Jaan_Tonisson_(Lasteleht), lk 485
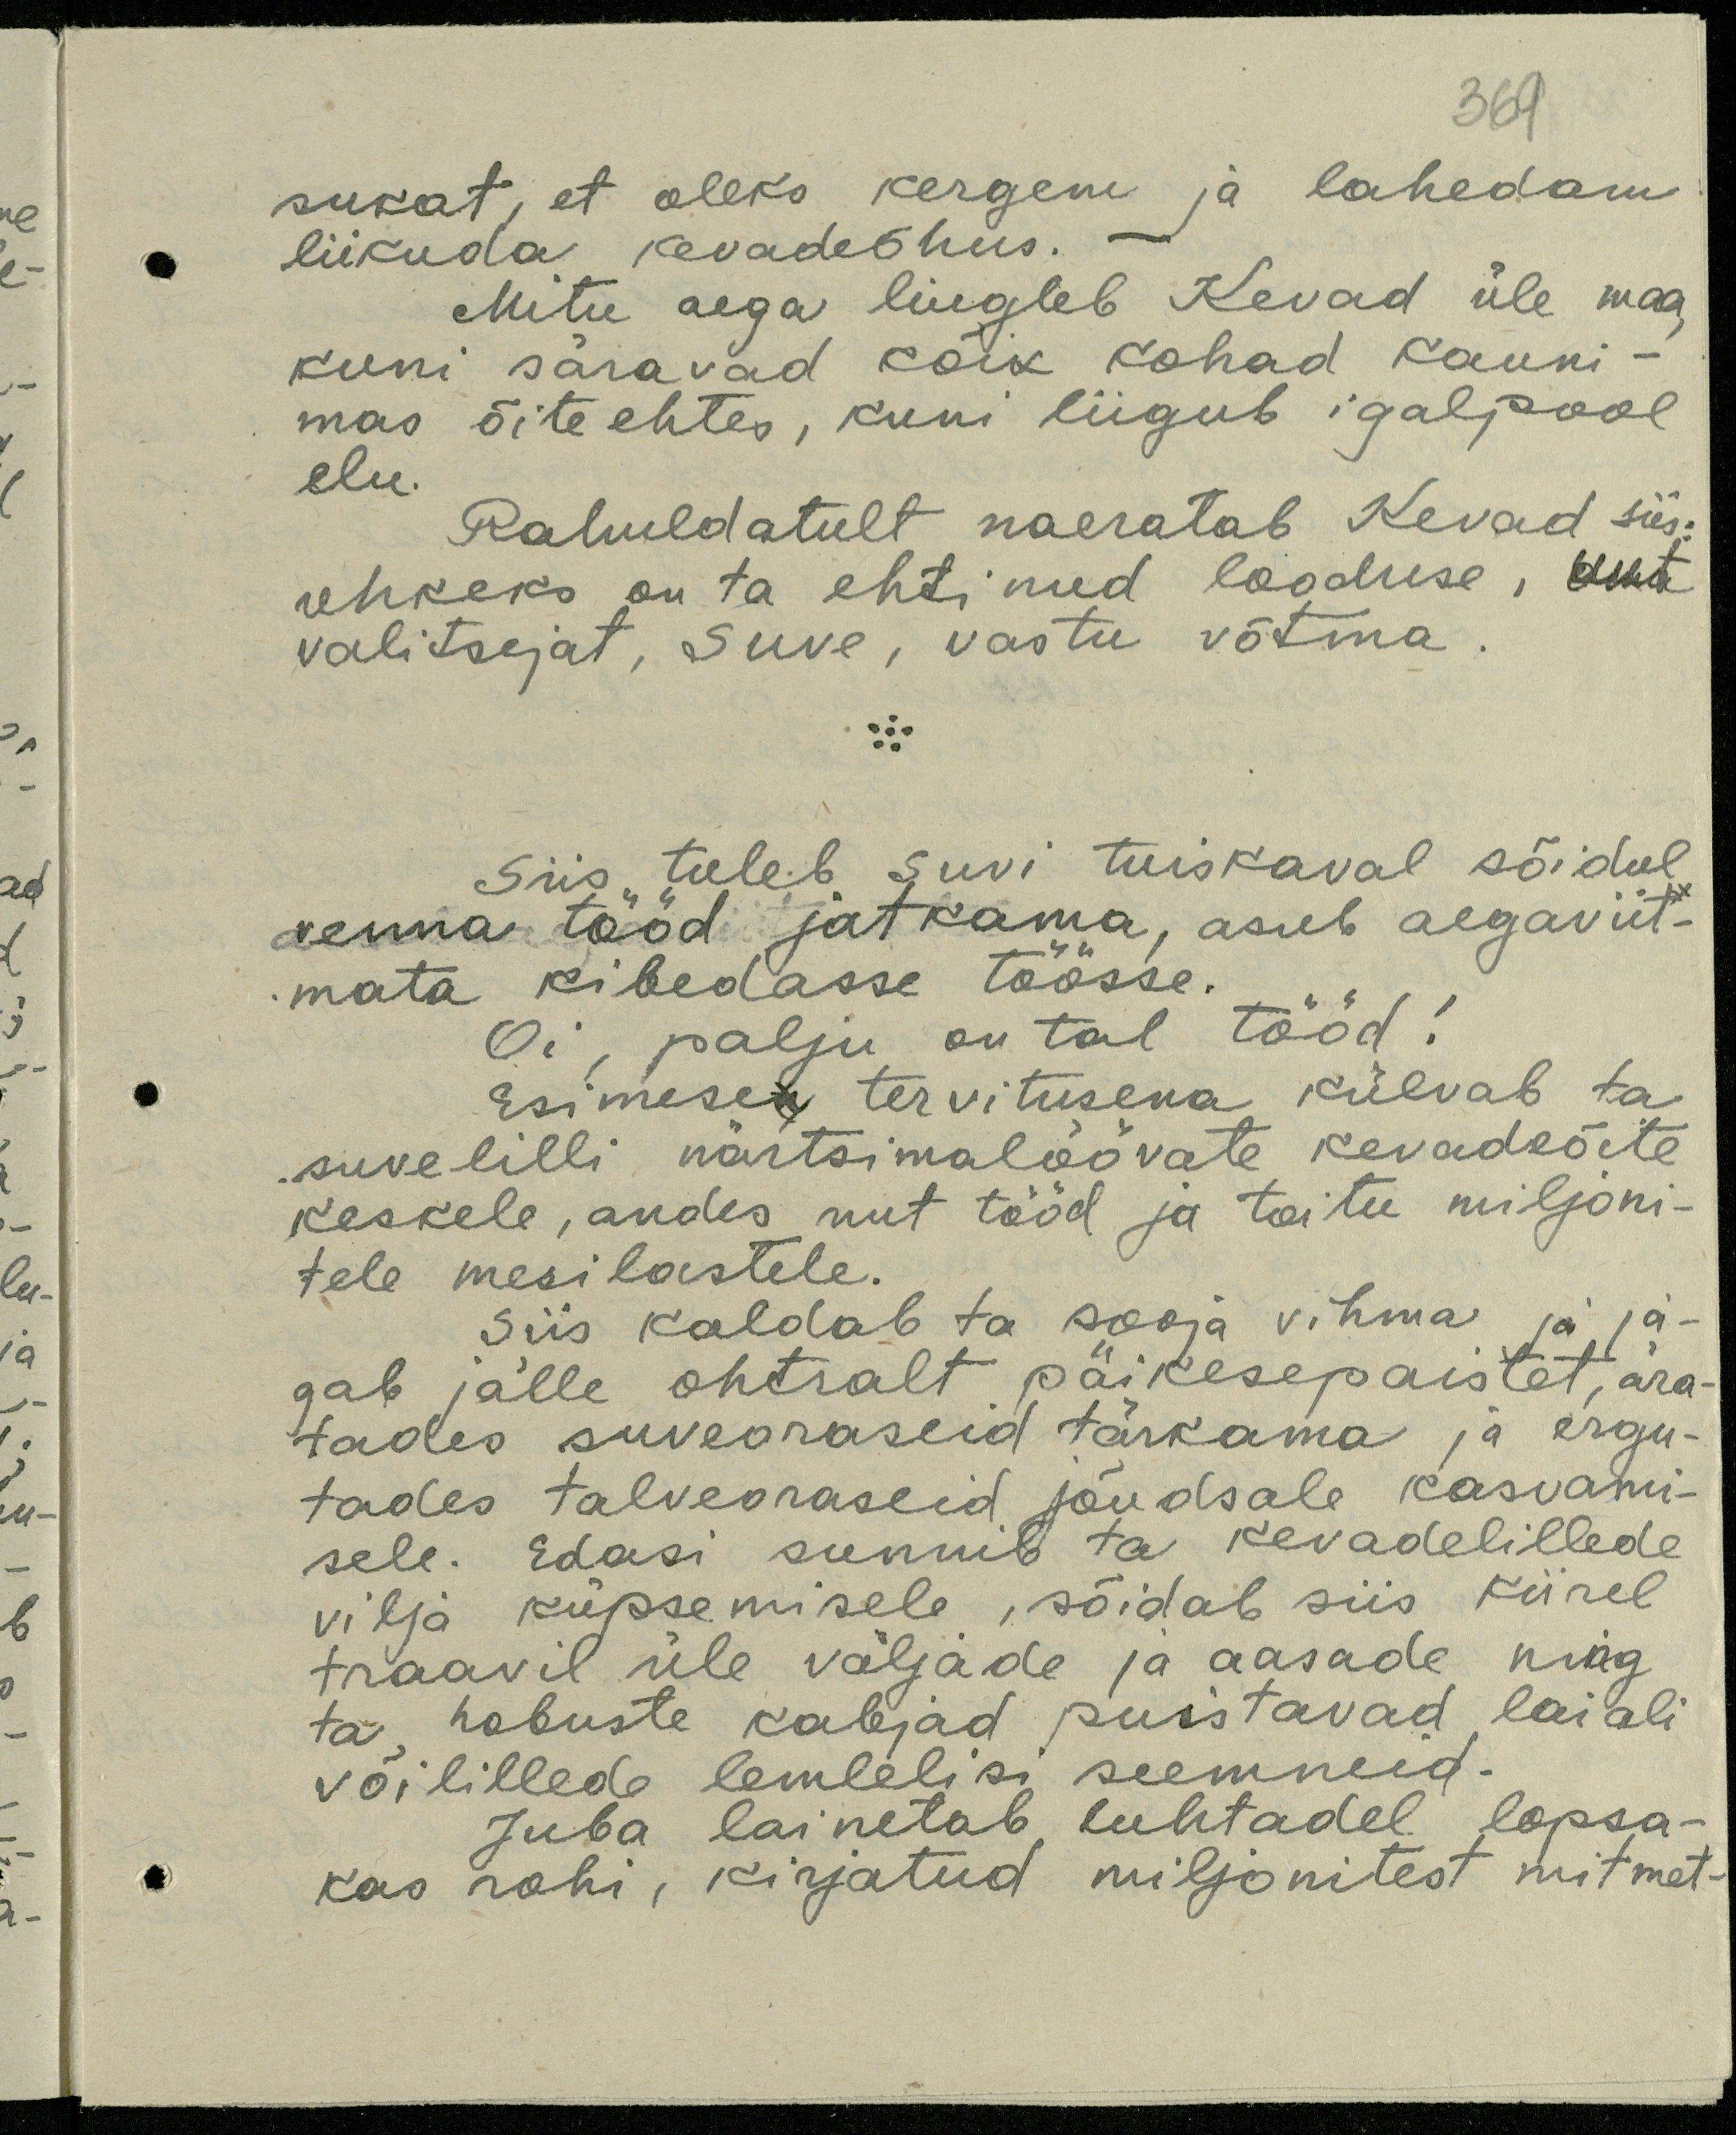
369

sukat, et oleks kergem ja lahedam
liikuda kevadeõhus. -
Mitu aega liigeb Kevad üle maa,
kuni säravad kõik kohad kauni-
mas õite ehtes, kuni liigub igalpool
elu.
Rahuldatult naeratab Kevad siis.
uhkeks on ta ehtinud looduse, uut
valitsejat, Suve, vastu võtma.
Siis tuleb suvi tuiskaval sõidul
venna tööd jatkama, asub aegaviit-
mata kibedasse töösse.
Oi palju on tal tööd!
Esimese tervitusena külvab ta
suvelilli närtsimalöövate kevadeõite
keskele, andes uut tööd ja toitu miljoni-
tele mesilastele.
Siis kaldab ta sooja vihma ja ja-
gab jälle ohtralt päikesepaistet, ära-
tades suveoraseid tärkama ja ergu-
tades talveoraseid jõudsale kasvami-
sele. Edasi sunnib ta kevadelillede
vilja küpsemisele, sõidab siis kiirel
traavil üle väljade ja aasade ning
ta hobuste kabjad puistavad laiali-
võilillede lemlelisi seemneid.
Juba lainetab luhtadel lopsa-
kas rohi, kirjatud miljonitest mitmet-